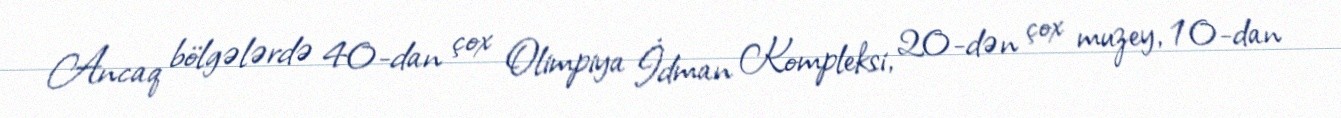
Ancaq bölgələrdə 40-dan çox Olimpiya İdman Kompleksi, 20-dən çox muzey, 10-dan